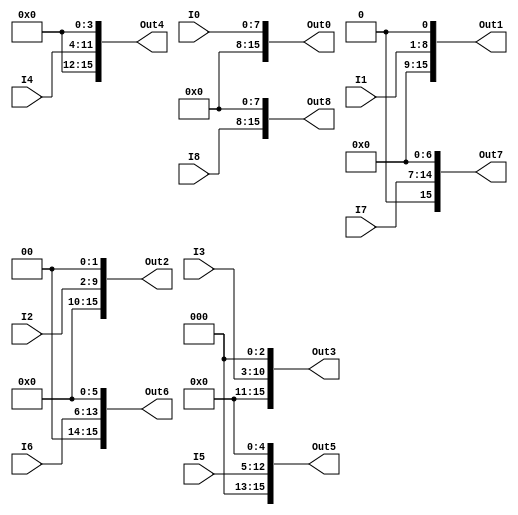
`timescale 1ns / 1ps
//////////////////////////////////////////////////////////////////////////////////
// Company: 
// Engineer: 
// 
// Design Name: 
// Module Name:    output_extend 
// Project Name: 
// Target Devices: 
// Tool versions: 
// Description: 
//
// Dependencies: 
//
// Revision: 
// Revision 0.01 - File Created
// Additional Comments: 
//
//////////////////////////////////////////////////////////////////////////////////
module output_extend(
    input [7:0] I0,
    input [7:0] I1,
    input [7:0] I2,
    input [7:0] I3,
    input [7:0] I4,
    input [7:0] I5,
    input [7:0] I6,
    input [7:0] I7,
    input [7:0] I8,
    output [15:0] Out0,
    output [15:0] Out1,
    output [15:0] Out2,
    output [15:0] Out3,
    output [15:0] Out4,
    output [15:0] Out5,
    output [15:0] Out6,
    output [15:0] Out7,
    output [15:0] Out8
    );

	assign Out0 = {8'd0, I0};
	assign Out1 = {7'd0, I1, 1'b0};
	assign Out2 = {6'd0, I2, 2'd0};
	assign Out3 = {5'd0, I3, 3'd0};
	assign Out4 = {4'd0, I4, 4'd0};
	assign Out5 = {3'd0, I5, 5'd0};
	assign Out6 = {2'd0, I6, 6'd0};
	assign Out7 = {1'd0, I7, 7'd0};
	assign Out8 = {I8, 8'd0};


endmodule